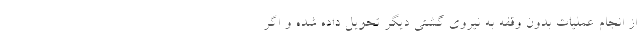
از انجام عملیات بدون وقفه به نیروی گشتی دیگر تحویل داده شده و اگر